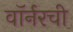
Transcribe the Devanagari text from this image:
वॉर्नरची